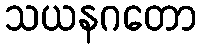
သယနဂတော